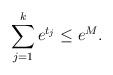
LaTeX: \begin{align*} \sum_{j=1}^k e^{t_j} \leq e^{M}.\end{align*}